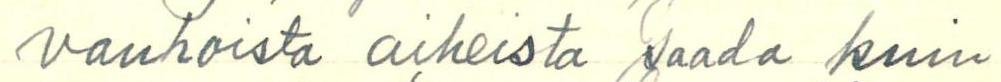
vanhoista aiheista saada kuin